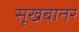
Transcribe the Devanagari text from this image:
सूखबातर